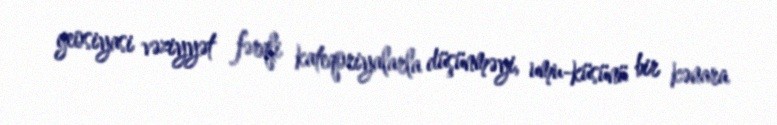
geosiyasi vəziyyət fərqli kateqoriyalarla düşünməyi, umu-küsünü bir kənara